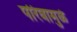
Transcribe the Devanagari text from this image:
परिघामुळे